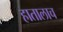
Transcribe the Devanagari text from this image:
हातालाच